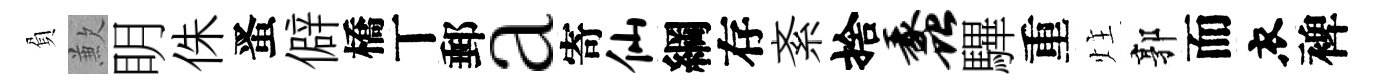
負歉眀侏󱉠僻橋丅郵a寄仙綱存紊捨蠡驆重炷郭而衣裨